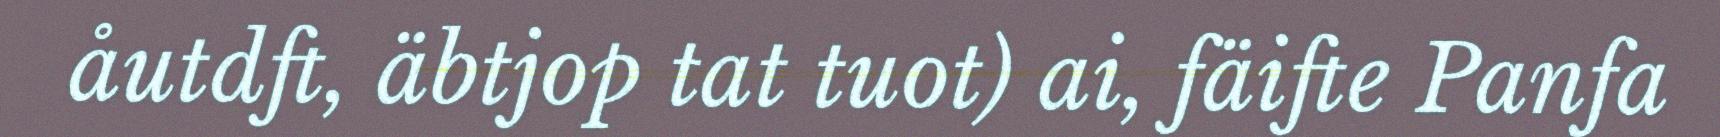
åutdft, äbtjop tat tuot) ai, fäifte Panfa